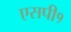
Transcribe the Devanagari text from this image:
एसपी१